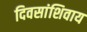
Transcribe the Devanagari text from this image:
दिवसांशिवाय